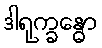
ဒါရုက္ခန္ဓော